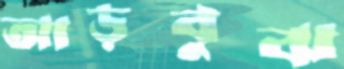
আড়বুঝ